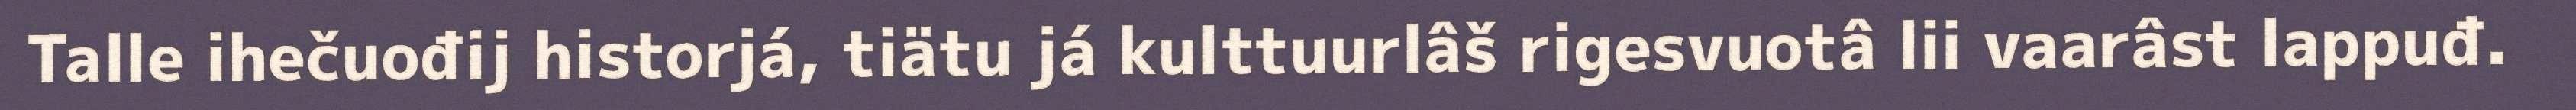
Talle ihečuođij historjá, tiätu já kulttuurlâš rigesvuotâ lii vaarâst lappuđ.